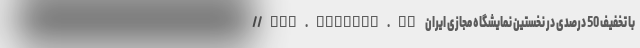
//www.saramad.ir با تخفیف 50 درصدی در نخستین نمایشگاه مجازی ایران